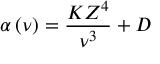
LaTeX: \alpha \left( \nu \right) = \frac { K Z ^ { 4 } } { \nu ^ { 3 } } + D